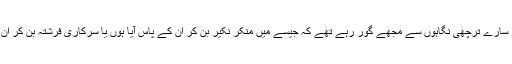
میں نے دائیں بائیں دیکھا تو سارے ترچھی نگاہوں سے مجھے گور رہے تھے کہ جیسے میں منکر نکیر بن کر ان کے پاس آیا ہوں یا سرکاری فرشتہ بن کر ان کے احوال نوٹ کررہا ہوں۔